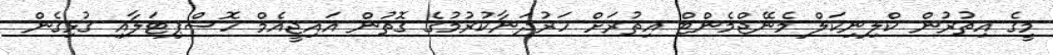
މީގެ އިތުރުން ކްލިނިކަލް މެނޭޖްމެންޓް އިތުރަށް ހަރުދަނާކުރުމުގެ ގޮތުން އައިޖީއެމް ހޮސްޕިޓަލާއި ގުޅިގެން